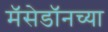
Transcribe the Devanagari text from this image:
मॅसेडॉनच्या